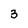
Character: 3